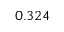
0 . 3 2 4